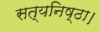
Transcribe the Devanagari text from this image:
सत्यनिष्ठा।